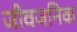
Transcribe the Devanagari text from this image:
जीवजनिक